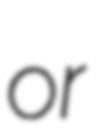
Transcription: or